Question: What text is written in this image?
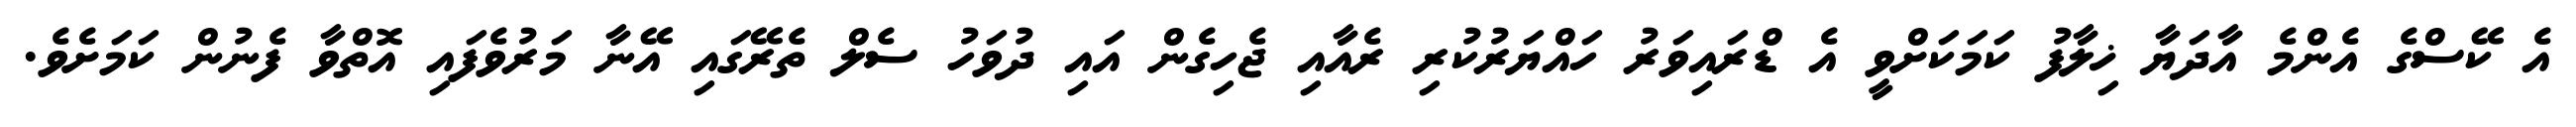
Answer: އެ ކޭސްގެ އެންމެ އާދަޔާ ޚިލާފު ކަމަކަށްވީ އެ ޑްރައިވަރު ހައްޔަރުކުރި ރެއާއި ޖެހިގެން އައި ދުވަހު ސެލް ތެރޭގައި އޭނާ މަރުވެފައި އޮތްވާ ފެނުން ކަމަށެވެ.